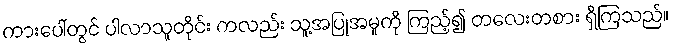
ကားပေါ်တွင် ပါလာသူတိုင်း ကလည်း သူ့အပြုအမူကို ကြည့်၍ တလေးတစား ရှိကြသည်။